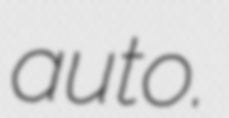
auto.